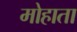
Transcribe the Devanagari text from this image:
मोहाता